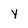
Character: y